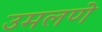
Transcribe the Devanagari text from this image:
उमलणे